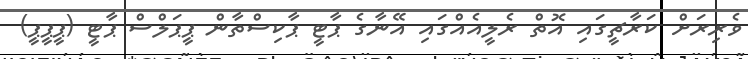
ވެރިރަށް ކަރާޗީގައި އޮތް ރެލީއެއްގައި އޭނާގެ ޕާޓީ ޕާކިސްތާން ޕީޕަލްސް ޕާޓީ (ޕީޕީޕީ)